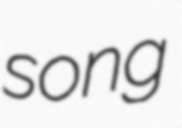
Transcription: song